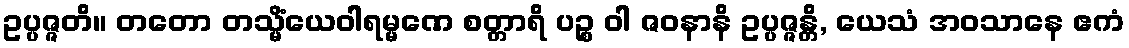
ဥပ္ပဇ္ဇတိ။ တတော တသ္မိံယေဝါရမ္မဏေ စတ္တာရိ ပဉ္စ ဝါ ဇဝနာနိ ဥပ္ပဇ္ဇန္တိ, ယေသံ အဝသာနေ ဧကံ